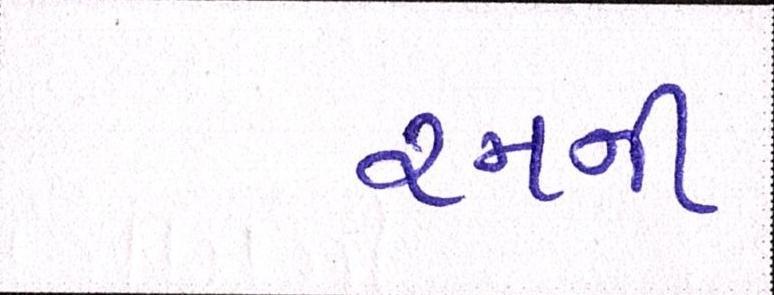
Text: રનની